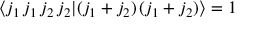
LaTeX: \langle j _ { 1 } \, j _ { 1 } \, j _ { 2 } \, j _ { 2 } | ( j _ { 1 } + j _ { 2 } ) \, ( j _ { 1 } + j _ { 2 } ) \rangle = 1